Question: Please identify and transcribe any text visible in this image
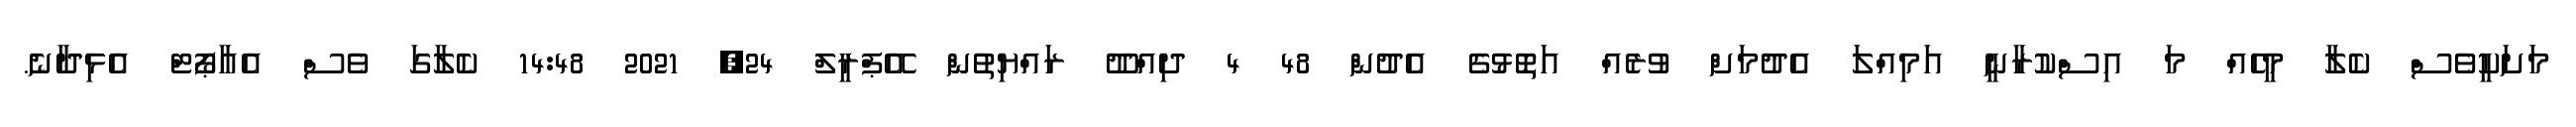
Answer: މަށަކީވެސް ކެލާ މީހެއް މަ އިސްކުރާނީ އަމިއްލަ އެދުމަށް ވުރެއް އަތޮޅުގެ އެދުން 48 4 ދިއްދޫ ރައްޔިތުން އޭޕްރީލް 24, 2021 14:48 ކެލާގަ ވެސް އެއާޕޯޓް އެޅިދާނެ.